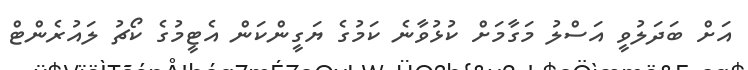
އަށް ބަދަލުވީ އަސްލު މަގާމަށް ކުޅުވާނެ ކަމުގެ ޔަގީންކަން އެޓީމުގެ ކޯޗު ލައުރެންޓް